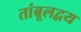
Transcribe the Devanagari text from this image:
तांबूलद्वय